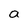
Character: a